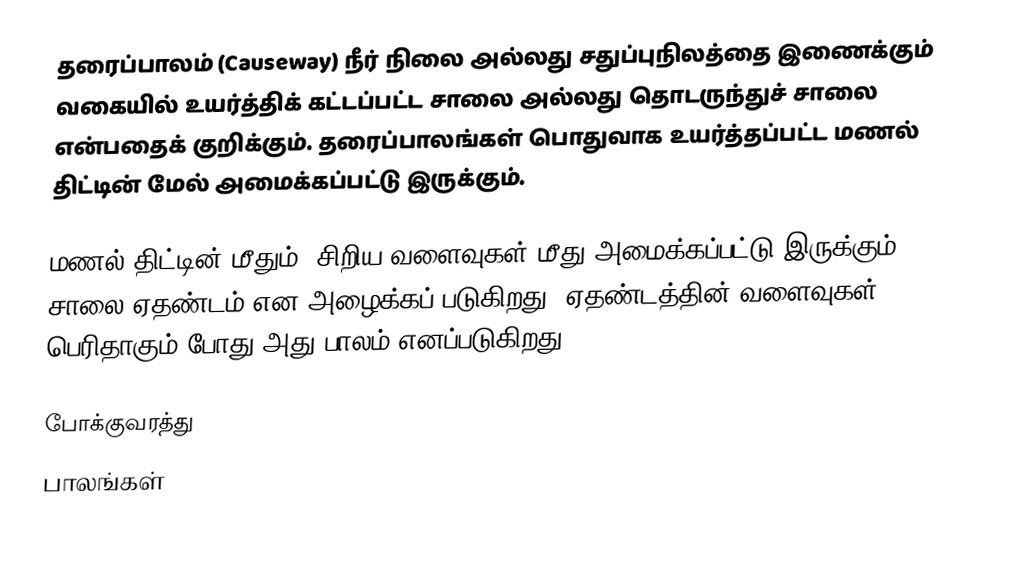
தரைப்பாலம் (Causeway) நீர் நிலை அல்லது சதுப்புநிலத்தை இணைக்கும் வகையில் உயர்த்திக் கட்டப்பட்ட சாலை அல்லது தொடருந்துச் சாலை என்பதைக் குறிக்கும். தரைப்பாலங்கள் பொதுவாக உயர்த்தப்பட்ட மணல் திட்டின் மேல் அமைக்கப்பட்டு இருக்கும்.

மணல் திட்டின் மீதும்; சிறிய வளைவுகள் மீது அமைக்கப்பட்டு இருக்கும் சாலை ஏதண்டம் என அழைக்கப் படுகிறது. ஏதண்டத்தின் வளைவுகள் பெரிதாகும் போது அது பாலம் எனப்படுகிறது.

போக்குவரத்து
பாலங்கள்